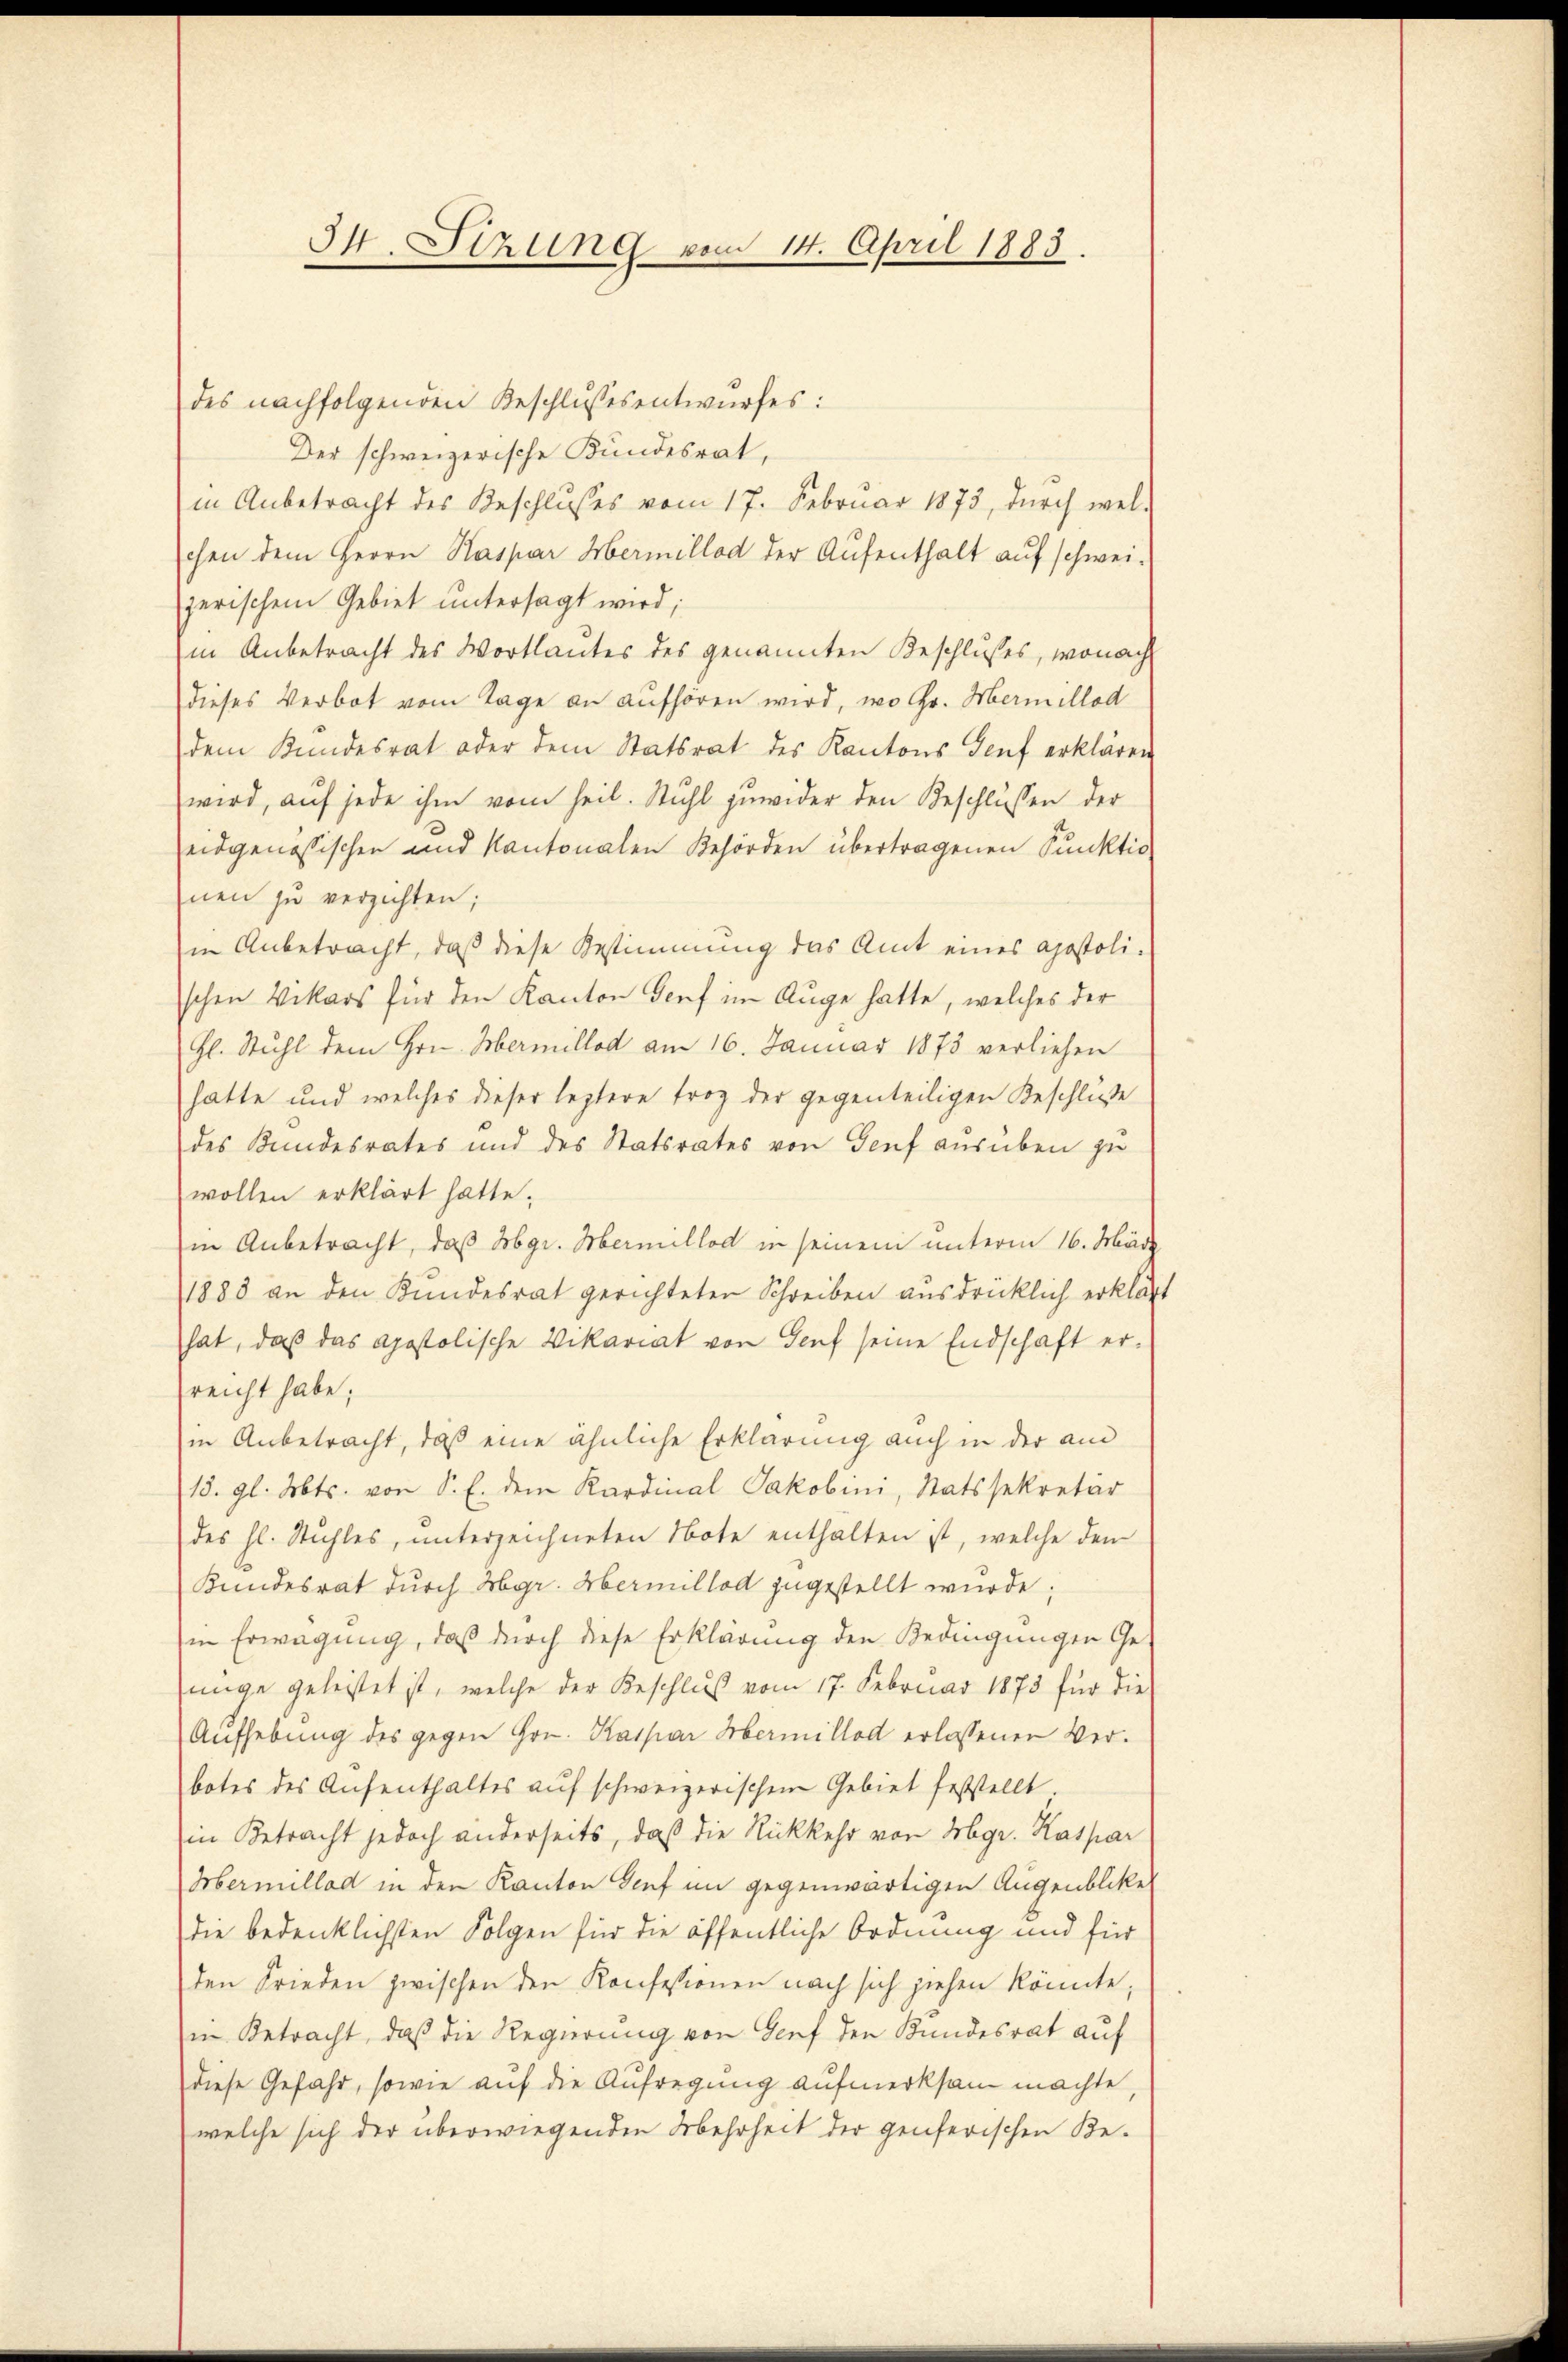
I4. Sizung vom 14. April 1883.

des nachfolgenden Beschlussesentwurfes:
Der schweizerische Kundesrat,
in Anbetracht des Beschlusses vom 17. Februar 1873, dŭrch wel-
chen dem Herrn Kaspar Hermillod der Aufenthalt auf schweizerischem Gebiet untersagt wird;
in Anbetracht des Wortlautes des genannten Beschlusses, wonach
dieses Verbot vom Tage an aufhören wird, wo Gr. Mermillod
dem Kundesrat oder dem Statsrat des Kantons Genf erklären
wird, auf jede ihm vom heil. Stuhl zuwider den Beschlüssen der
eidgenössischen und Kantonalen Behörden übertragenen Punktio
nen zu verzichten;
in Anbetracht, daß diese Bestimmung das Amt eines apostoli-
schen Vikars für den Kanton Genf im Auge hatte, welches der
Hl. Stuhl dem Hrn. Hermillod am 16. Januar 1873 verliehen
hatte und welches dieser leztere Froz der gegenteiligen Beschluße
des Bundesrates und des Statsrates von Genf ausüben zu
wollen erklärt hatte;
in Anbetracht, daß Abgr. Hermillod in seinem unterm 16. März
1883 an den Kundesrat gerichteter Schreiben ausdrücklich erklärt
hat, daß das Apostolische Vikariat von Genf seine Endschaft er-
sreicht habe;
in Anbetracht, daß eine ähnliche Erklärung auch in der am
15. gl. Mts. von S. E. dem Kardinal Jakobini, Statssekretär
des hl. Stuhles, unterzeichneten Note enthalten ist, welche den
Kundesrat durch Hgr. Hermillod zugestellt wurde;
in Erwägung, daß durch diese Erklärung den Bedingungen Gejunge geleistet ist, welche der Beschluß vom 17. Februar 1873 für die
Aufhebung des gegen Hrn. Kaspar Hermillod erlassenen Verbotes des Aufenthaltes auf schweizerischen Gebiet feststellt
in Betracht jedoch anderseits, daß die Rückkehr von Mgr. Kaspar
Mermillad in den Kanton Genf im gegenwärtigen Augenblicke
die bedenklichsten Folgen für die öffentliche Ordnung und für
den Frieden zwischen den Konfessionen nach sich ziehen könnte;
in Betracht, daß die Regierung von Genf den Kundesrat auf
diese Gefahr, sowie auf die Aufregung aufmerksam machte,
welche sich der überwiegenden Mehrheit der genferischen Be-